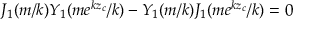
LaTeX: J _ { 1 } ( m / k ) Y _ { 1 } ( m e ^ { k z _ { c } } / k ) - Y _ { 1 } ( m / k ) J _ { 1 } ( m e ^ { k z _ { c } } / k ) = 0